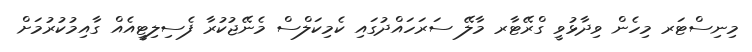
މިނިސްޓަރ މިހެން ވިދާޅުވީ ގްރޭޓާރ މާލޭ ސަރަހައްދުގައި ކެމިކަލްސް މެނޭޖުކުރާ ފެސިލިޓީއެއް ގާއިމުކުރުމަށް